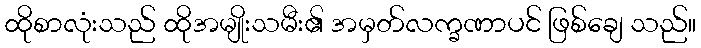
ထိုစာလုံးသည် ထိုအမျိုးသမီး၏ အမှတ်လက္ခဏာပင် ဖြစ်ချေ သည်။